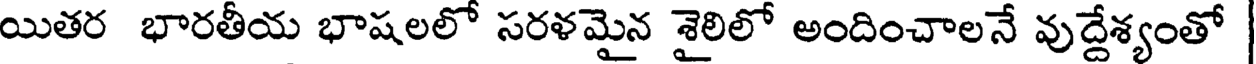
యితర భారతీయ భాషలలో సరళమైన శైలిలో అందించాలనే వుద్దేశ్యంతో